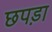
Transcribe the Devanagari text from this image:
छपड़ा